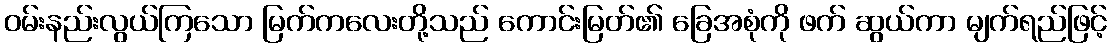
ဝမ်းနည်းလွယ်ကြသော မြက်ကလေးတို့သည် ကောင်းမြတ်၏ ခြေအစုံကို ဖက် ဆွယ်ကာ မျက်ရည်ဖြင့်